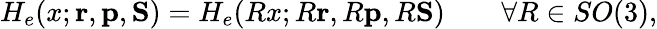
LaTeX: H_{e}(x;{\mathbf{r}},{\mathbf{p}},{\mathbf{S}})=H_{e}(Rx;R{\mathbf{r}},R{\mathbf{p}},R{\mathbf{S}})\qquad\forall R\in SO(3),